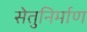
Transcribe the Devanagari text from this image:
सेतुनिर्माण